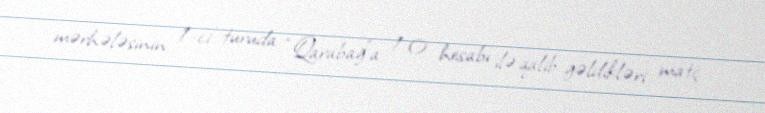
mərhələsinin 1-ci turuda “Qarabağ”a 1:0 hesabı ilə qalib gəldikləri matç